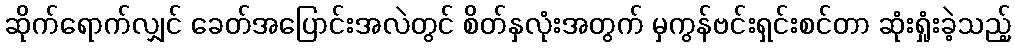
ဆိုက်ရောက်လျှင် ခေတ်အပြောင်းအလဲတွင် စိတ်နှလုံးအတွက် မှကွန်ဗင်းရှင်းစင်တာ ဆုံးရှုံးခဲ့သည့်